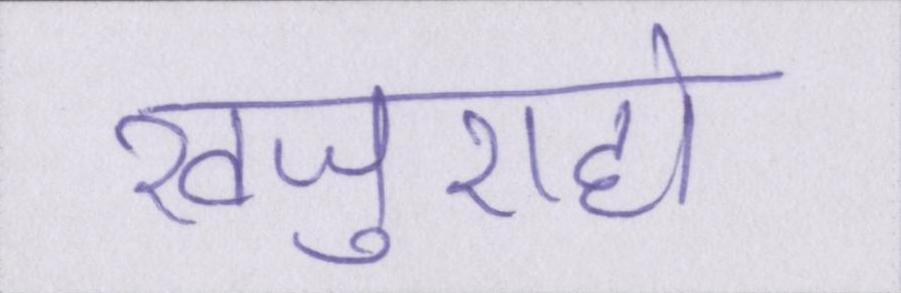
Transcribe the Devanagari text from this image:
खजुराहो